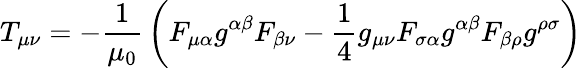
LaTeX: T_{\mu\nu}=-{\frac{1}{\mu_{0}}}\left(F_{\mu\alpha}g^{\alpha\beta}F_{\beta\nu}-{\frac{1}{4}}g_{\mu\nu}F_{\sigma\alpha}g^{\alpha\beta}F_{\beta\rho}g^{\rho\sigma}\right)